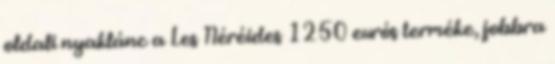
oldali nyaklánc a Les Néréides 1250 eurós terméke, jobbra